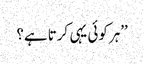
’’ہر کوئی یہی کرتا ہے؟